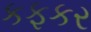
કફકર